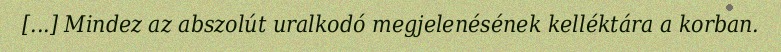
[...] Mindez az abszolút uralkodó megjelenésének kelléktára a korban.